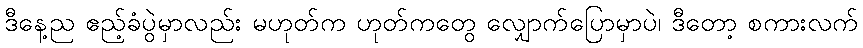
ဒီနေ့ည ဧည့်ခံပွဲမှာလည်း မဟုတ်က ဟုတ်ကတွေ လျှောက်ပြောမှာပဲ၊ ဒီတော့ စကားလက်